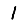
Digit: 1